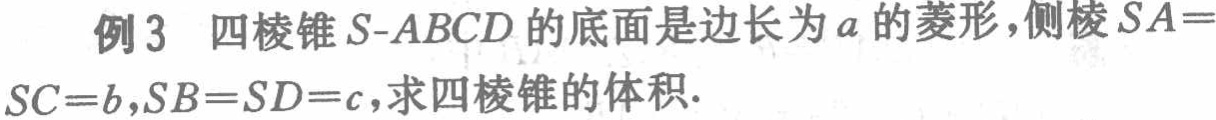
例3 四棱锥\(S - ABCD\)的底面是边长为\(a\)的菱形，侧棱\(SA = SC = b\)，\(SB = SD = c\)，求四棱锥的体积.